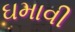
ઘમાવી